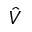
\hat { V }